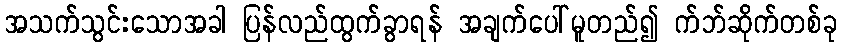
အသက်သွင်းသောအခါ ပြန်လည်ထွက်ခွာရန် အချက်ပေါ်မူတည်၍ က်ဘ်ဆိုက်တစ်ခု